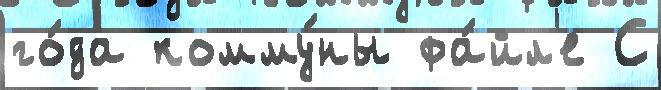
го́да комму́ны фа́йл'е С